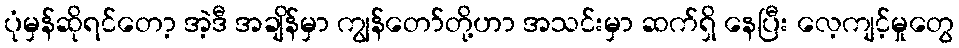
ပုံမှန်ဆိုရင်တော့ အဲ့ဒီ အချိန်မှာ ကျွန်တော်တို့ဟာ အသင်းမှာ ဆက်ရှိ နေပြီး လေ့ကျင့်မှုတွေ